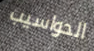
الحواسيب